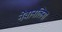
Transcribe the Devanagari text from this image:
नेवानलिना